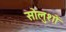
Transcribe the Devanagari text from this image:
सोलुशों